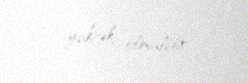
yüksək olmalıdır.